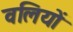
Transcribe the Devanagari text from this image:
वलियों